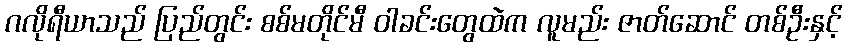
ဂလိုရီယာသည် ပြည်တွင်း စစ်မတိုင်မီ ဝါခင်းတွေထဲက လူမည်း ဇာတ်ဆောင် တစ်ဦးနှင့်